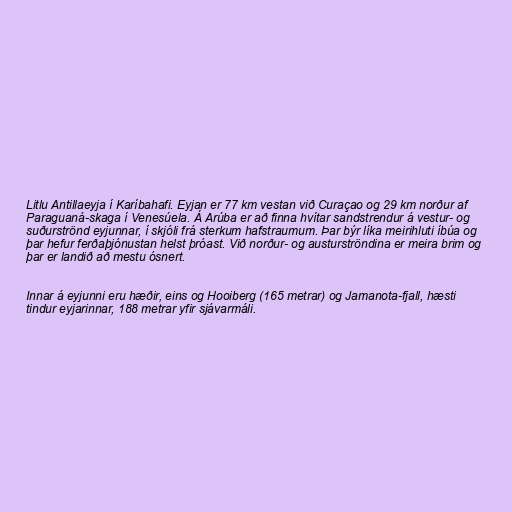
Litlu Antillaeyja í Karíbahafi. Eyjan er 77 km vestan við Curaçao og 29 km norður af
Paraguaná-skaga í Venesúela. Á Arúba er að finna hvítar sandstrendur á vestur- og
suðurströnd eyjunnar, í skjóli frá sterkum hafstraumum. Þar býr líka meirihluti íbúa og
þar hefur ferðaþjónustan helst þróast. Við norður- og austurströndina er meira brim og
þar er landið að mestu ósnert.

Innar á eyjunni eru hæðir, eins og Hooiberg (165 metrar) og Jamanota-fjall, hæsti
tindur eyjarinnar, 188 metrar yfir sjávarmáli.